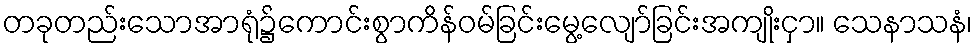
တခုတည်းသောအာရုံ၌ကောင်းစွာကိန်ဝမ်ခြင်းမွေ့လျော်ခြင်းအကျိုးငှာ။ သေနာသနံ၊